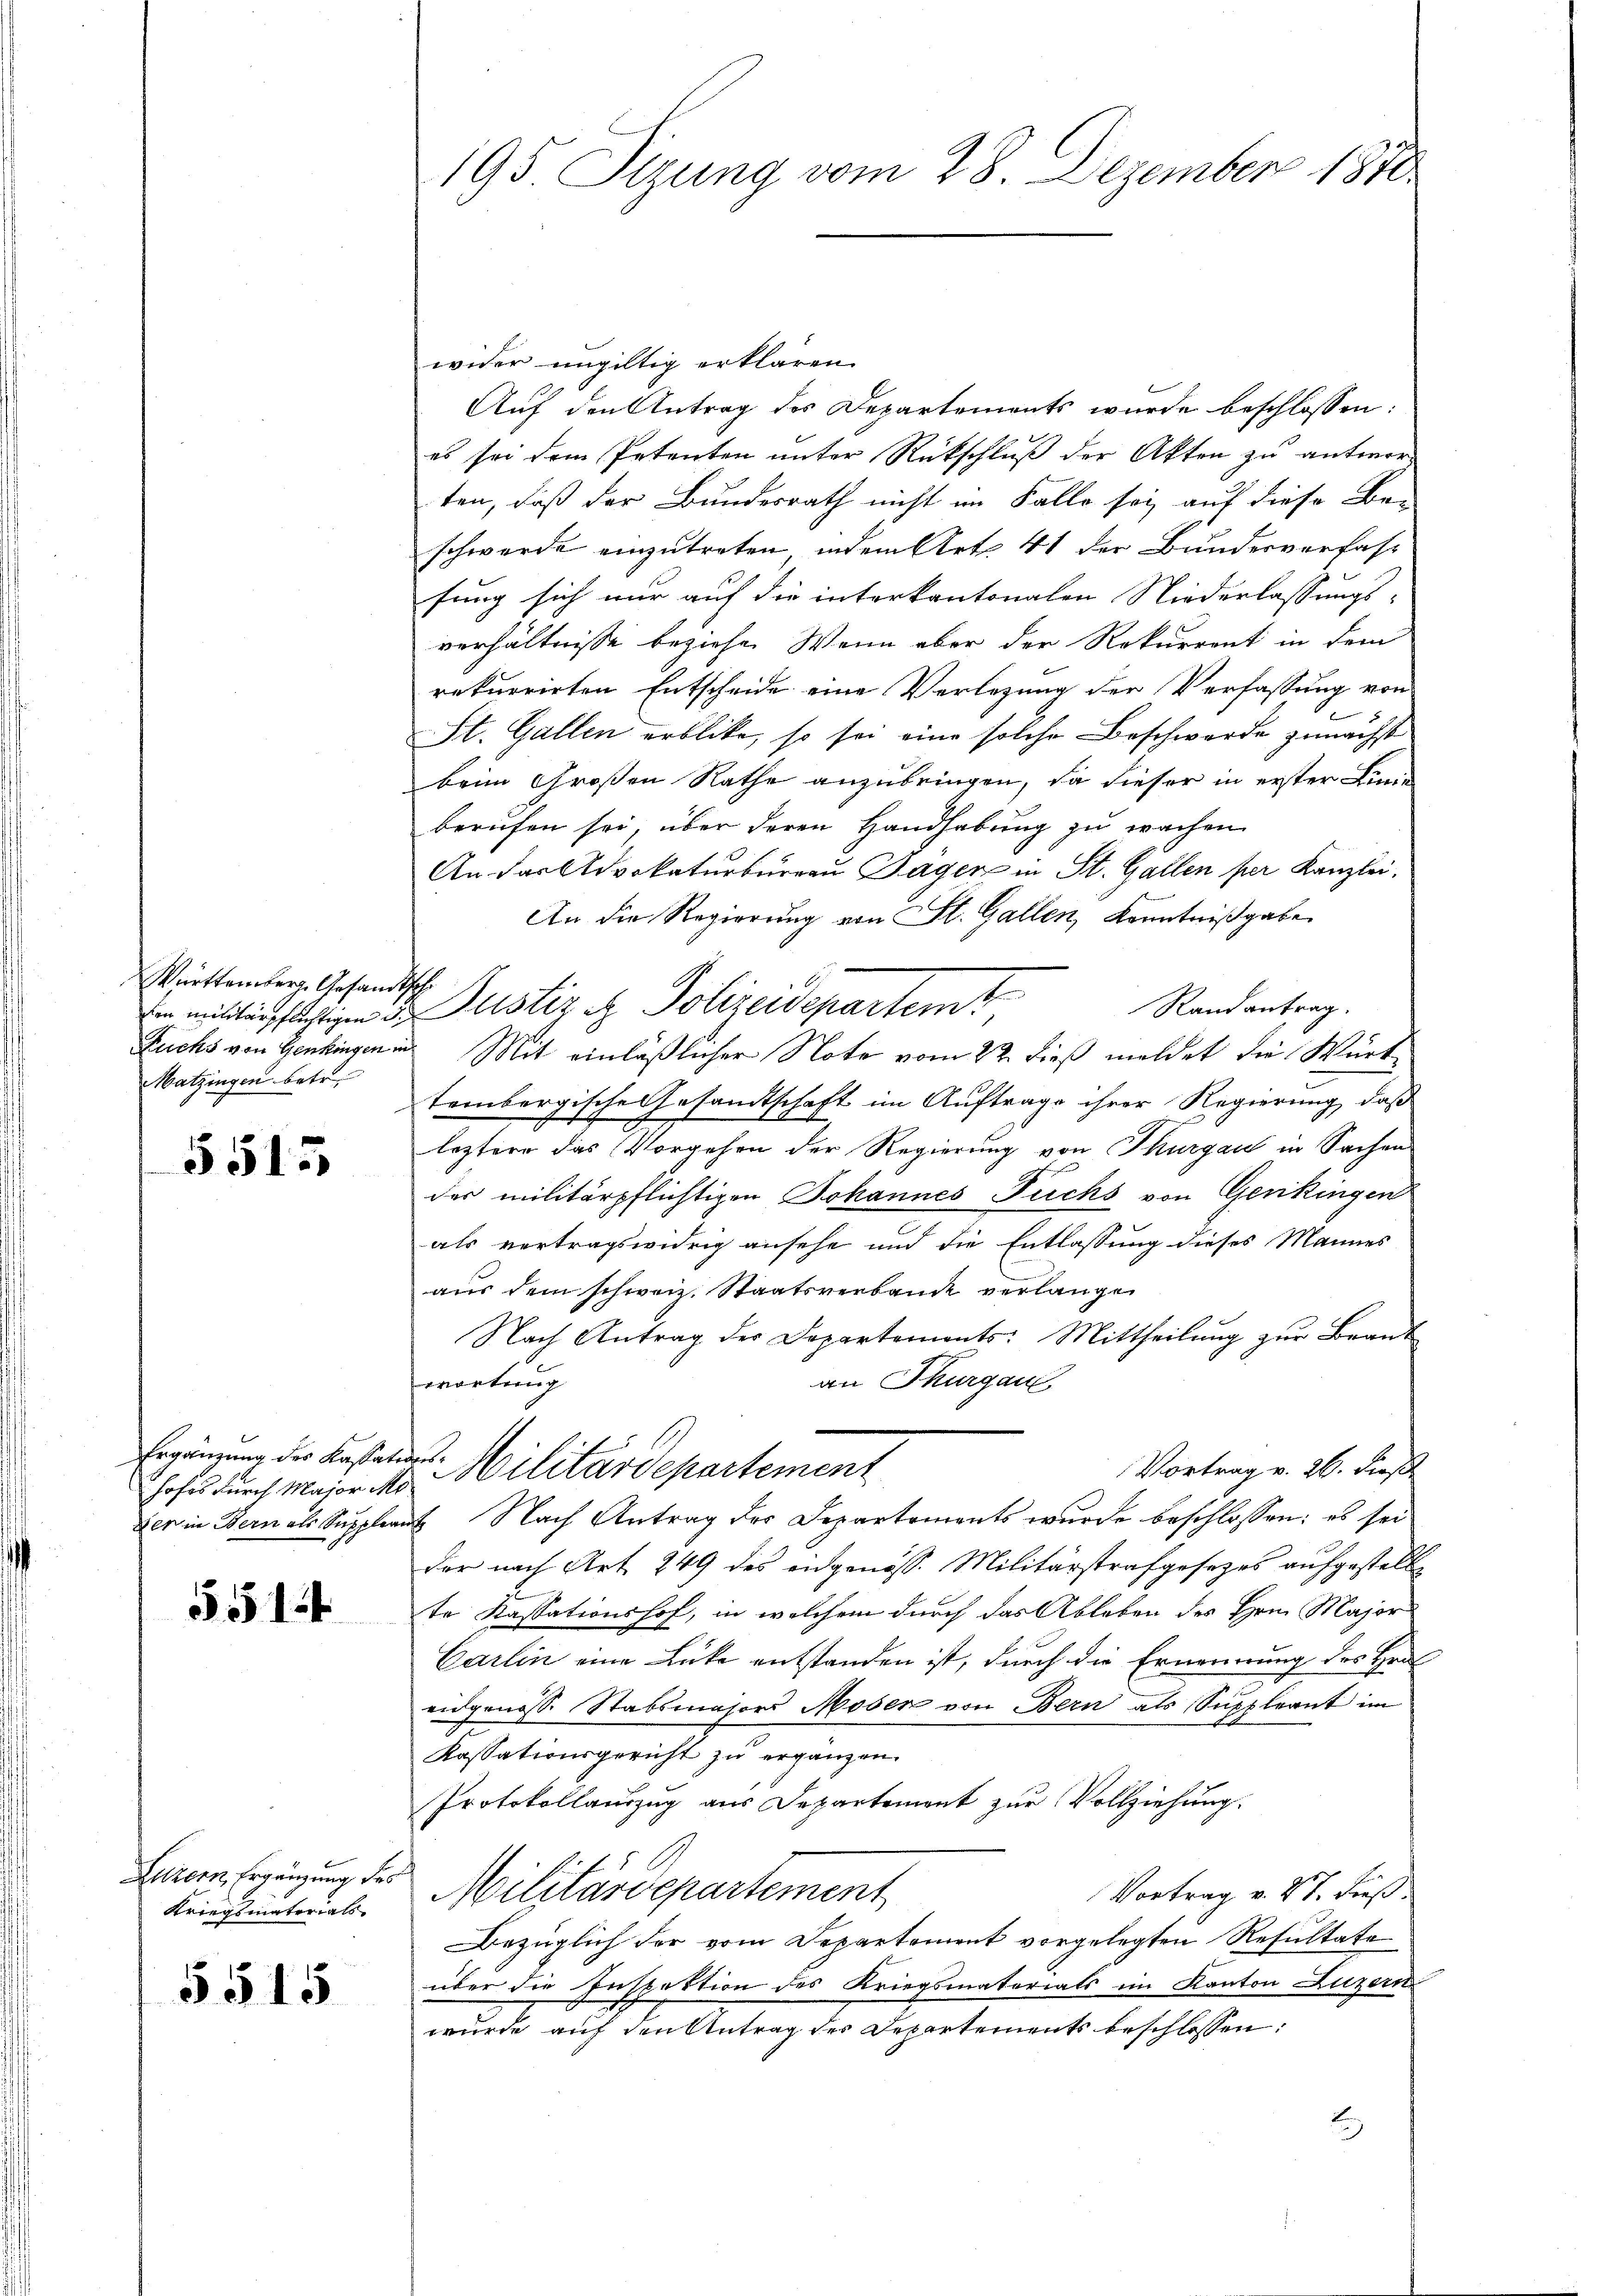
Württemberg. Gesandtsch
Matzingen betr.

5515

hofes durch Major Mo

5514

Kriegsmaterials
5515

195 Sizung vom 28. Dezember 1870.

wider ungültig erklären.
Auf den Antrag des Departements wurde beschlossen:
es sei dem Petenten unter Rückschluß der Akten zu antworten, daß der Bundesrath nicht im Falle sei auf diese Be-
schwerde einzutreten, indem Art. 41 der Bundesverfass
fung sich nur auf die interkantonalen Niederlassungs-
verhältnisse beziehe. Wenn aber der Rekurrent in dem
rekurrirten Entscheide eine Verlegung der Verfassung von
St. Gallen erblicke, so sei eine solche Beschwerde zunächst
beim Großen Rathe anzubringen, da dieser in erster Liniberufen sei, über deren Handhabung zu wachen
An das Advokaturbureau Gager in St. Gallen per Kanzlei,
An die Regierung von St. Gallen, Kenntnißgabe
Randantrag.
En mitterpflichtigen 3. Justiz & Polizeidepartemt
Fuchs von Genkingen in Mit einläßlicher Note vom 2ten dieß meldet die Würte
tembergische Gesandtschaft im Auftrage ihrer Regierung, daß
leztere das Vorgehen der Regierung von Thurgau in Sachen
des militärpflichtigen Johannes Fuchs von Genikingen
als vertragswidrig ansehe und die Entlassung dieses Mannes
aŭs dem schweiz. Staatsverbande verlangen
Nach Antrag der Departements: Mittheilung zur Brant
an Thurgau
wortung
Ergänzung der Kassatis Militärdepartement
Vortrag v. 26. Dies
Der in Bern als Suppleant Nach Antrag des Departements wurde beschlossen; es sei
der nach Art. 249 des eidgenöss. Militärstrafgesezes aufgestell
te Kassationshof, in welchem durch das Ableben des Hrn. Major
Carlin eine Lücke entstanden ist, durch die Ernennung des Hrn
eidgenosse Stabsmajors Moser von Bern als Suppleant im
Kassationsgericht zŭ ergänzen.
Protokollauszug aus Departement zur Vollziehung.
Herrn Ergänzung der Militärdepartement
Vortrag v. 27. dieß.
Bezüglich der vom Departement vorgelegten Resultate
über die Inspektion des Kriegsmatoriats im Kanton Luzern
wurde auf den Antrag des Departements beschlossen:
t